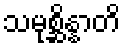
သမုစ္ဆိန္နာတိ